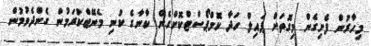
މިހާރުން ފެށިގެން މިގޮތަށް ޕައިލް ހަދާ ކޮމްޕޯސްޓްކޮށްގެން ކާނާގެ ކުނި މެނޭޖްކުރަމުން ގެންދެވުމުން